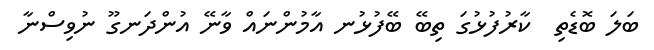
ބަލަ ބޮޑެތި  ކާރުފުޅުގަ ތިބޭ ބޭފުޅުނ އާމުންނައް ވާނޭ އުންދަނގޫ ނުވިސްނާ